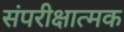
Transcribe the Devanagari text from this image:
संपरीक्षात्मक